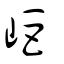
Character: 岠